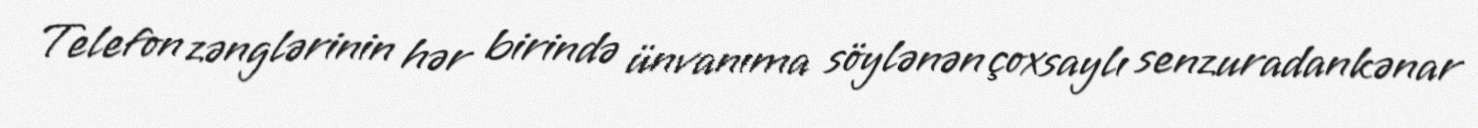
Telefon zənglərinin hər birində ünvanıma söylənən çoxsaylı senzuradankənar